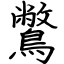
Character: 鷩